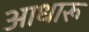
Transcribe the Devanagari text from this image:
आधारू